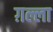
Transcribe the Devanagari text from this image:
ग़ल्ला